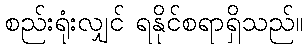
စည်းရုံးလျှင် ရနိုင်စရာရှိသည်။